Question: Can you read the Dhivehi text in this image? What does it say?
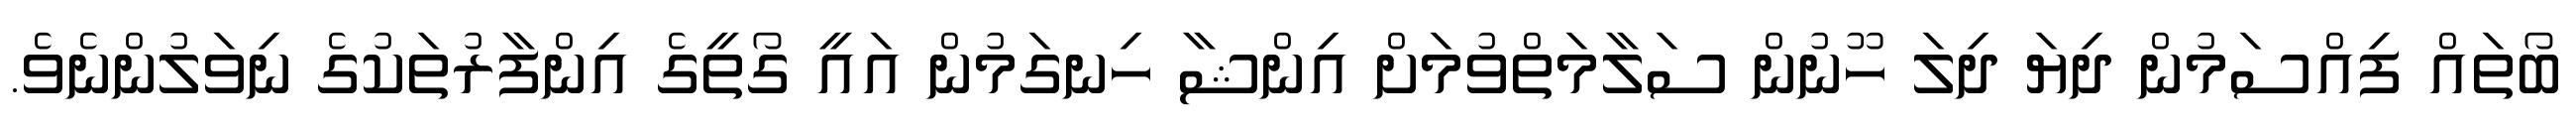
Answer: ބޯތައް ފިއްސަމުން ދިޔަ ދިލަ ހޫނުން ސަލާމަތްވުމަށް އިންޝާ ހިނގަމުން އައީ ގޯތީގެ އިންފާރުތަކުގެ ނިވަލުންނެވެ.